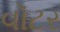
વૉટર